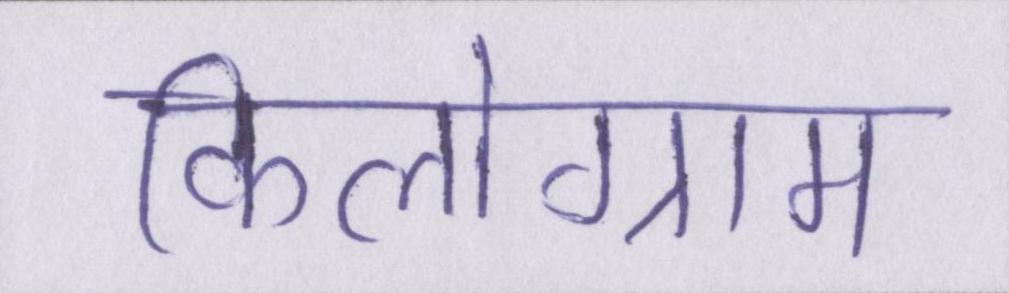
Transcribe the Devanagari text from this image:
किलोग्राम